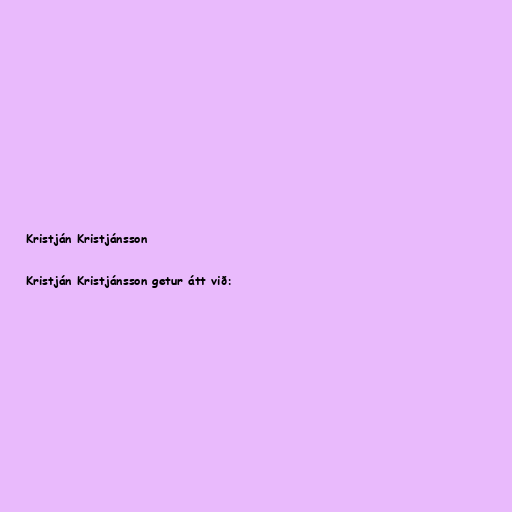
Kristján Kristjánsson

Kristján Kristjánsson getur átt við: